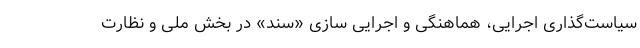
سیاست‌گذاری اجرایی، هماهنگی و اجرایی سازی «سند» در بخش ملی و نظارت